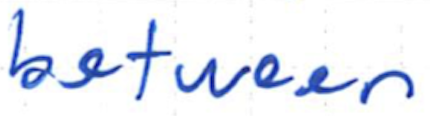
Text: between
Cross-out: clean
Writing tool: ballpoint